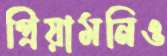
প্রিয়ামনিও